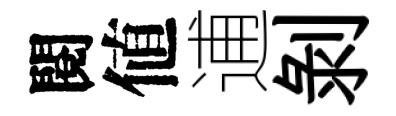
閱値逋剝